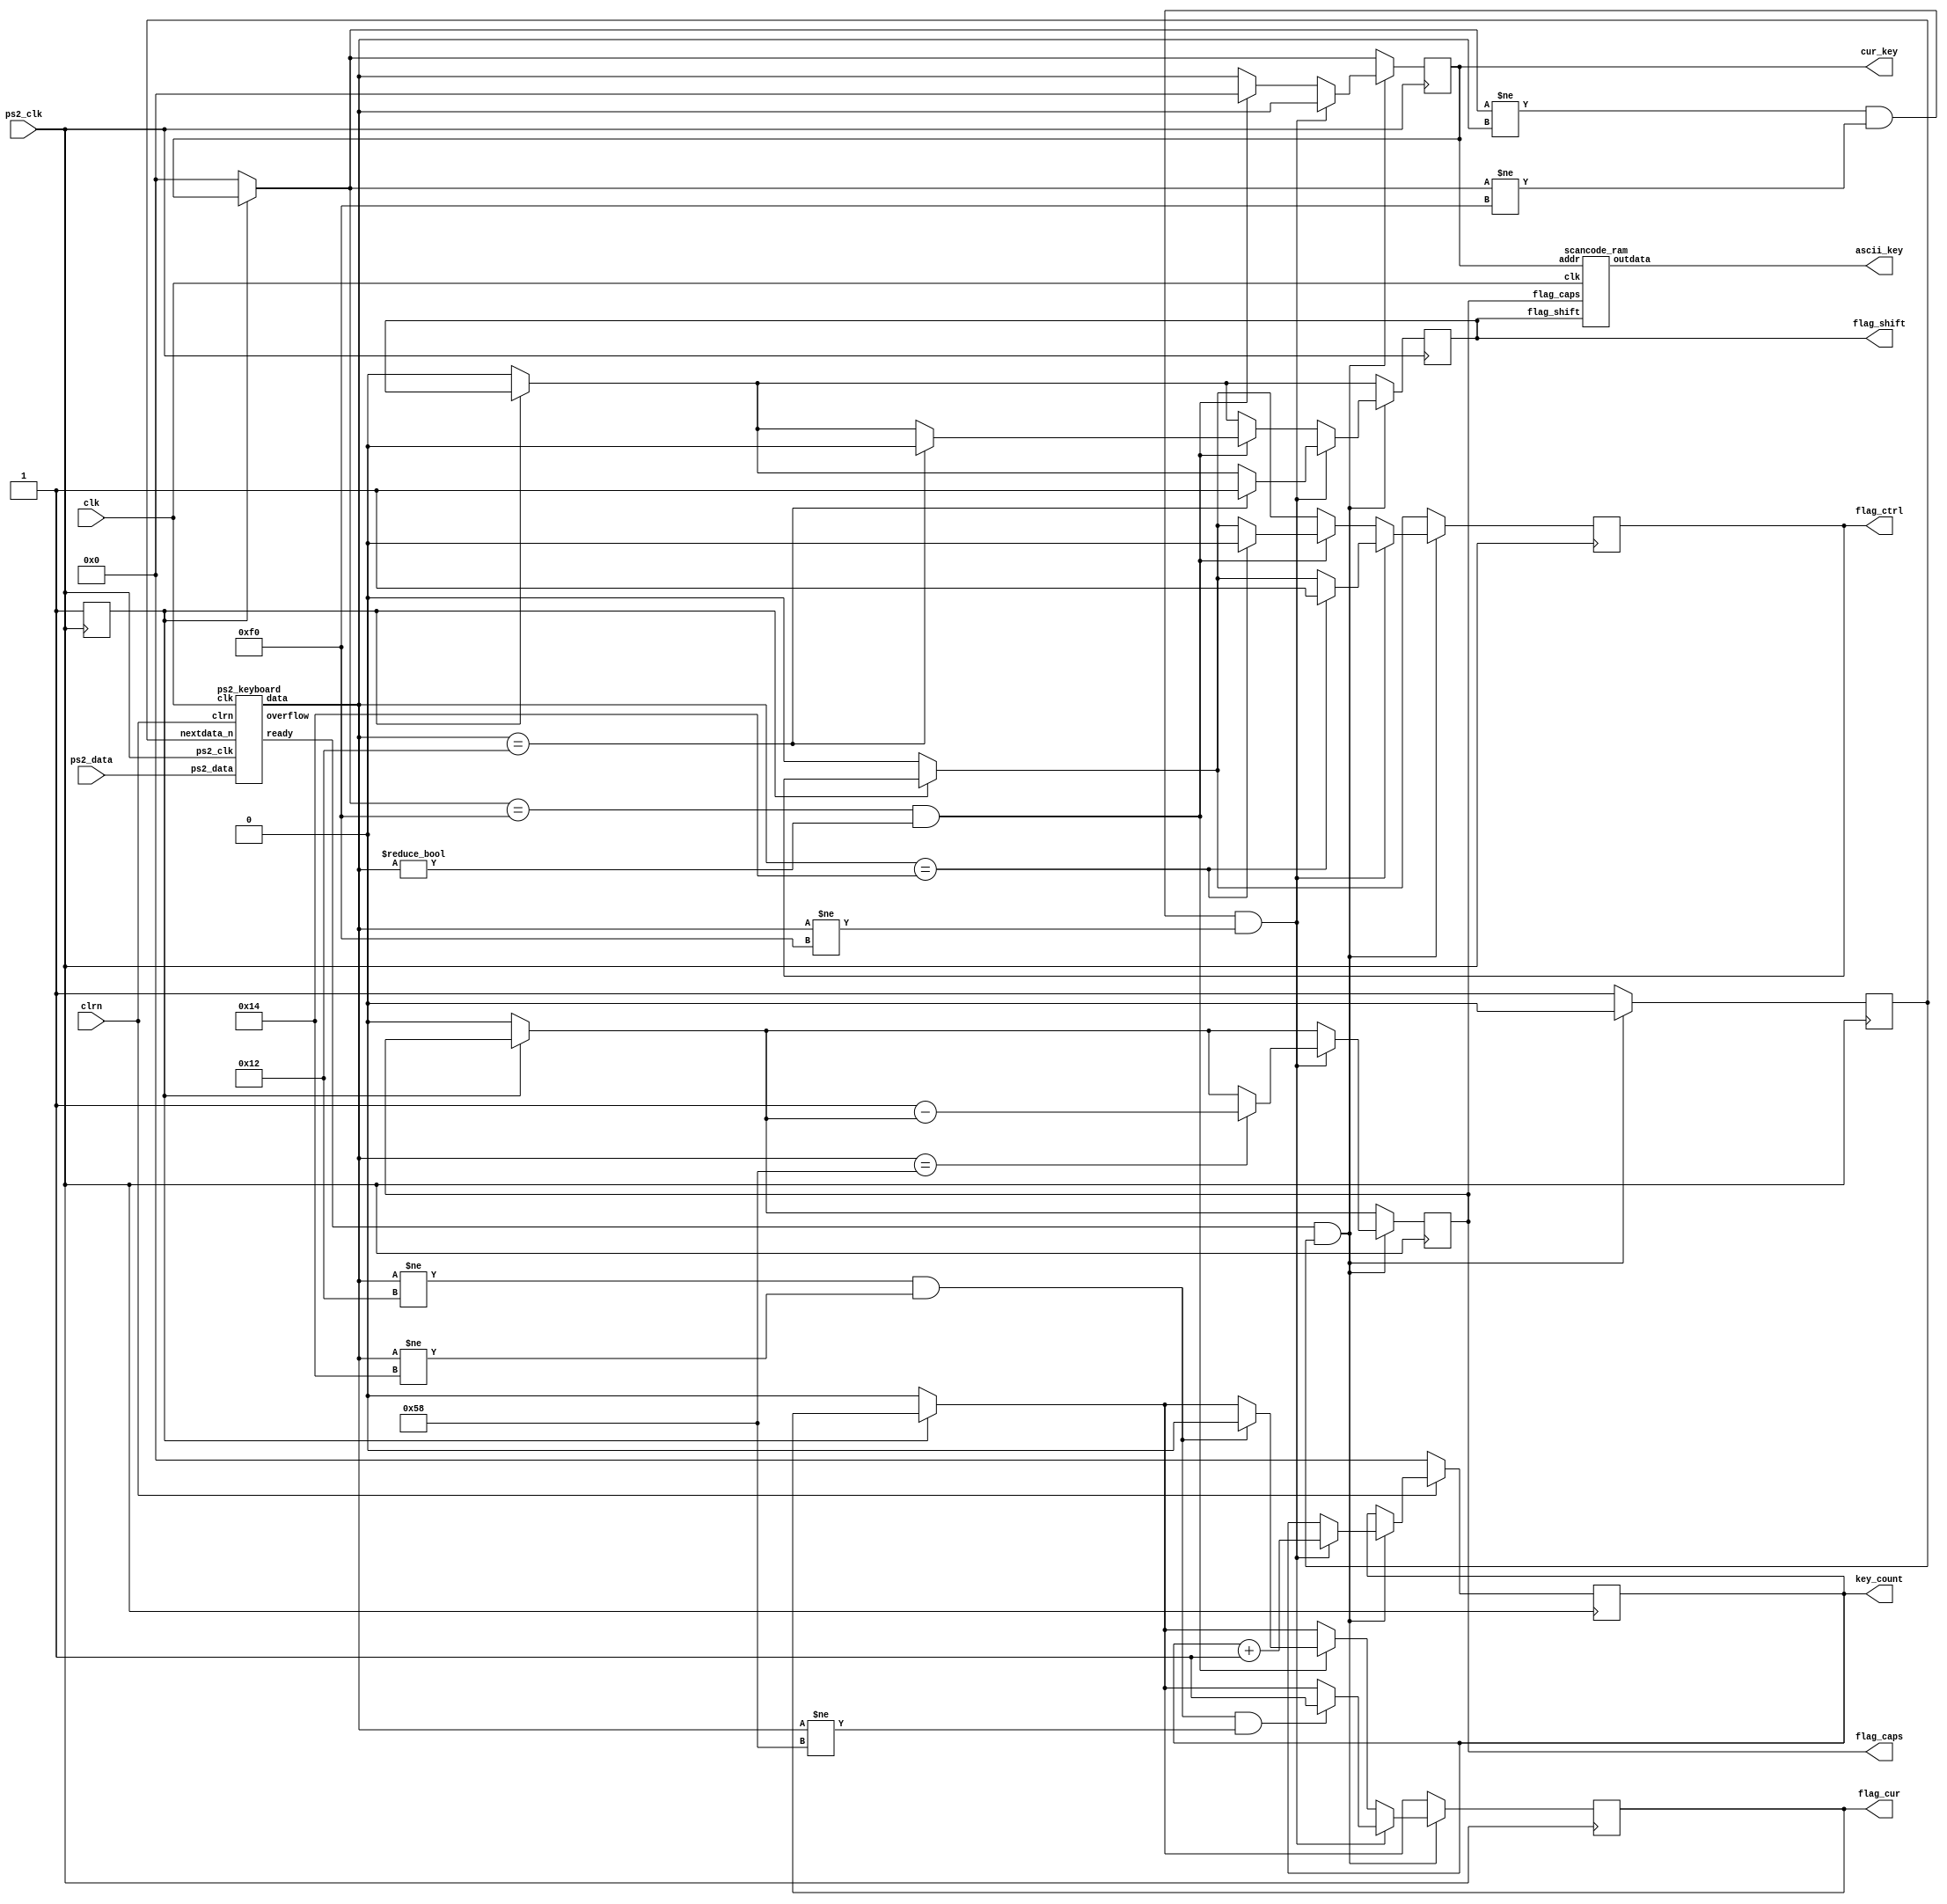
module keyboard(input clk,
	input clrn,
	input ps2_clk,
	input ps2_data,
	output reg [7:0] key_count,
	output reg [7:0] cur_key,
	output [7:0] ascii_key,
   output reg flag_ctrl,
   output reg flag_shift,
   output reg flag_cur,
	output reg flag_caps
);

// add your definitions here
reg [7:0] lastdata;
wire [7:0] keydata;
wire ready;
reg nextdata_n;
wire overflow; 



//----DO NOT CHANGE BEGIN----
//scancode to ascii conversion, will be initialized by the testbench
scancode_ram myram(clk, cur_key, flag_shift,flag_caps,ascii_key);
//PS2 interface, you may need to specify the inputs and outputs
ps2_keyboard mykey(clk, clrn, ps2_clk, ps2_data, keydata, ready, nextdata_n, overflow);
//---DO NOT CHANGE END-----

// add you code here
reg flag=0;

always @(posedge ps2_clk)
begin
if(flag==0)//
	begin
	cur_key=0;
	lastdata=0;
	flag=1;
	flag_cur=0;
	flag_caps=0;
	flag_ctrl=0;
	flag_shift=0;
	end
if(ready&&nextdata_n)//&& nextdata_n
	begin
	lastdata=cur_key;
	cur_key=keydata;
	nextdata_n=0;
	
	

	  if(lastdata!=cur_key && lastdata!=8'hf0 && cur_key!=8'hf0)
	     begin
        key_count=key_count+1;
	     if(cur_key==8'h12)
		  flag_shift=1;
		  if(cur_key==8'h14)
		  flag_ctrl=1;
		  if(cur_key==8'h58)
		  flag_caps=1-flag_caps;
		  if(cur_key!=8'h12 && cur_key!=8'h14 && cur_key!=8'h58)
		  flag_cur=1;
		  end
		  
	 else if(lastdata==8'hf0 && cur_key!=0 ) //
        begin
		  if(cur_key==8'h12)flag_shift=0;
		  if(cur_key==8'h14)flag_ctrl=0;
		  if(cur_key!=8'h12 && cur_key!=8'h14) 
		  flag_cur=0;
        lastdata=cur_key;
        cur_key=0;
        end
	
	end
else
	begin
	nextdata_n=1;
	end
if(clrn==0)
	key_count=0;
end

endmodule


//standard ps2 interface, you can keep this
module ps2_keyboard(clk,clrn,ps2_clk,ps2_data,data,ready,nextdata_n,overflow);
    input clk,clrn,ps2_clk,ps2_data;
	 input nextdata_n;
    output [7:0] data;
    output reg ready;
    output reg overflow;     // fifo overflow  
    // internal signal, for test
    reg [9:0] buffer;        // ps2_data bits
    reg [7:0] fifo[7:0];     // data fifo
	 reg [2:0] w_ptr,r_ptr;   // fifo write and read pointers	
    reg [3:0] count;  // count ps2_data bits
    // detect falling edge of ps2_clk
    reg [2:0] ps2_clk_sync;
    
    always @(posedge clk) begin
        ps2_clk_sync <=  {ps2_clk_sync[1:0],ps2_clk};
    end

    wire sampling = ps2_clk_sync[2] & ~ps2_clk_sync[1];
    
    always @(posedge clk) begin
        if (clrn == 0) begin // reset 
            count <= 0; w_ptr <= 0; r_ptr <= 0; overflow <= 0; ready<= 0;
        end 
		else if (sampling) begin
            if (count == 4'd10) begin
                if ((buffer[0] == 0) &&  // start bit
                    (ps2_data)       &&  // stop bit
                    (^buffer[9:1])) begin      // odd  parity
                    fifo[w_ptr] <= buffer[8:1];  // kbd scan code
                    w_ptr <= w_ptr+3'b1;
                    ready <= 1'b1;
                    overflow <= overflow | (r_ptr == (w_ptr + 3'b1));
                end
                count <= 0;     // for next
            end else begin
                buffer[count] <= ps2_data;  // store ps2_data 
                count <= count + 3'b1;
            end      
        end
        if ( ready ) begin // read to output next data
				if(nextdata_n == 1'b0) //read next data
				begin
				   r_ptr <= r_ptr + 3'b1; 
					if(w_ptr==(r_ptr+1'b1)) //empty
					     ready <= 1'b0;
				end           
        end
    end

    assign data = fifo[r_ptr];
endmodule 

//simple scancode converter
module scancode_ram(clk, addr,flag_shift,flag_caps,outdata);
input clk;
input [7:0] addr;
input flag_shift;
input flag_caps;
output reg [7:0] outdata;
//Do not change the name of this ram, testbench will initialize this
//reg [7:0] ascii_tab[255:0];




always @(posedge clk)
begin
    if(flag_shift==1||flag_caps==1)
	  case (addr)		//ASCII				  	

		
8'h00: outdata <= 8'h00;
8'h01: outdata <= 8'h00;
8'h02: outdata <= 8'h00;
8'h03: outdata <= 8'h00;
8'h04: outdata <= 8'h00;
8'h05: outdata <= 8'h00;
8'h06: outdata <= 8'h00;
8'h07: outdata <= 8'h00;
8'h08: outdata <= 8'h00;
8'h09: outdata <= 8'h00;
8'h0A: outdata <= 8'h00;
8'h0B: outdata <= 8'h00;
8'h0C: outdata <= 8'h00;
8'h0D: outdata <= 8'h20;
8'h0E: outdata <= 8'h60;
8'h0F: outdata <= 8'h00;
8'h10: outdata <= 8'h00;
8'h11: outdata <= 8'h00;
8'h12: outdata <= 8'h00;
8'h13: outdata <= 8'h00;
8'h14: outdata <= 8'h00;
8'h15: outdata <= 8'h51;
8'h16: outdata <= 8'h31;
8'h17: outdata <= 8'h00;
8'h18: outdata <= 8'h00;
8'h19: outdata <= 8'h00;
8'h1A: outdata <= 8'h5A;
8'h1B: outdata <= 8'h53;
8'h1C: outdata <= 8'h41;
8'h1D: outdata <= 8'h57;
8'h1E: outdata <= 8'h32;
8'h1F: outdata <= 8'h00;
8'h20: outdata <= 8'h00;
8'h21: outdata <= 8'h43;
8'h22: outdata <= 8'h58;
8'h23: outdata <= 8'h44;
8'h24: outdata <= 8'h45;
8'h25: outdata <= 8'h34;
8'h26: outdata <= 8'h33;
8'h27: outdata <= 8'h00;
8'h28: outdata <= 8'h00;
8'h29: outdata <= 8'h20;
8'h2A: outdata <= 8'h56;
8'h2B: outdata <= 8'h46;
8'h2C: outdata <= 8'h54;
8'h2D: outdata <= 8'h52;
8'h2E: outdata <= 8'h35;
8'h2F: outdata <= 8'h00;
8'h30: outdata <= 8'h00;
8'h31: outdata <= 8'h4E;
8'h32: outdata <= 8'h42;
8'h33: outdata <= 8'h48;
8'h34: outdata <= 8'h47;
8'h35: outdata <= 8'h59;
8'h36: outdata <= 8'h36;
8'h37: outdata <= 8'h00;
8'h38: outdata <= 8'h00;
8'h39: outdata <= 8'h00;
8'h3A: outdata <= 8'h4D;
8'h3B: outdata <= 8'h4A;
8'h3C: outdata <= 8'h55;
8'h3D: outdata <= 8'h37;
8'h3E: outdata <= 8'h38;
8'h3F: outdata <= 8'h00;
8'h40: outdata <= 8'h00;
8'h41: outdata <= 8'h2C;
8'h42: outdata <= 8'h4B;
8'h43: outdata <= 8'h49;
8'h44: outdata <= 8'h4F;
8'h45: outdata <= 8'h30;
8'h46: outdata <= 8'h39;
8'h47: outdata <= 8'h00;
8'h48: outdata <= 8'h00;
8'h49: outdata <= 8'h2E;
8'h4A: outdata <= 8'h2F;
8'h4B: outdata <= 8'h4C;
8'h4C: outdata <= 8'h3B;
8'h4D: outdata <= 8'h50;
8'h4E: outdata <= 8'h2D;
8'h4F: outdata <= 8'h00;
8'h50: outdata <= 8'h00;
8'h51: outdata <= 8'h00;
8'h52: outdata <= 8'h27;
8'h53: outdata <= 8'h00;
8'h54: outdata <= 8'h5B;
8'h55: outdata <= 8'h3D;
8'h56: outdata <= 8'h00;
8'h57: outdata <= 8'h00;
8'h58: outdata <= 8'h00;
8'h59: outdata <= 8'h00;
8'h5A: outdata <= 8'h0D;
8'h5B: outdata <= 8'h5D;
8'h5C: outdata <= 8'h00;
8'h5D: outdata <= 8'h5C;
8'h5E: outdata <= 8'h00;
8'h5F: outdata <= 8'h00;
8'h60: outdata <= 8'h00;
8'h61: outdata <= 8'h00;
8'h62: outdata <= 8'h00;
8'h63: outdata <= 8'h00;
8'h64: outdata <= 8'h00;
8'h65: outdata <= 8'h00;
8'h66: outdata <= 8'h08;
8'h67: outdata <= 8'h00;
8'h68: outdata <= 8'h00;
8'h69: outdata <= 8'h31;
8'h6A: outdata <= 8'h00;
8'h6B: outdata <= 8'h34;
8'h6C: outdata <= 8'h37;
8'h6D: outdata <= 8'h00;
8'h6E: outdata <= 8'h00;
8'h6F: outdata <= 8'h00;
8'h70: outdata <= 8'h30;
8'h71: outdata <= 8'h2E;
8'h72: outdata <= 8'h32;
8'h73: outdata <= 8'h35;
8'h74: outdata <= 8'h36;
8'h75: outdata <= 8'h38;
8'h76: outdata <= 8'h00;
8'h77: outdata <= 8'h00;
8'h78: outdata <= 8'h00;
8'h79: outdata <= 8'h2B;
8'h7A: outdata <= 8'h33;
8'h7B: outdata <= 8'h2C;
8'h7C: outdata <= 8'h2A;
8'h7D: outdata <= 8'h39;
8'h7E: outdata <= 8'h00;
8'h7F: outdata <= 8'h00;
8'h80: outdata <= 8'h00;
8'h81: outdata <= 8'h00;
8'h82: outdata <= 8'h00;
8'h83: outdata <= 8'h00;
8'h84: outdata <= 8'h00;
8'h85: outdata <= 8'h00;
8'h86: outdata <= 8'h00;
8'h87: outdata <= 8'h00;
8'h88: outdata <= 8'h00;
8'h89: outdata <= 8'h00;
8'h8A: outdata <= 8'h00;
8'h8B: outdata <= 8'h00;
8'h8C: outdata <= 8'h00;
8'h8D: outdata <= 8'h00;
8'h8E: outdata <= 8'h00;
8'h8F: outdata <= 8'h00;
8'h90: outdata <= 8'h00;
8'h91: outdata <= 8'h00;
8'h92: outdata <= 8'h00;
8'h93: outdata <= 8'h00;
8'h94: outdata <= 8'h00;
8'h95: outdata <= 8'h00;
8'h96: outdata <= 8'h00;
8'h97: outdata <= 8'h00;
8'h98: outdata <= 8'h00;
8'h99: outdata <= 8'h00;
8'h9A: outdata <= 8'h00;
8'h9B: outdata <= 8'h00;
8'h9C: outdata <= 8'h00;
8'h9D: outdata <= 8'h00;
8'h9E: outdata <= 8'h00;
8'h9F: outdata <= 8'h00;
8'hA0: outdata <= 8'h00;
8'hA1: outdata <= 8'h00;
8'hA2: outdata <= 8'h00;
8'hA3: outdata <= 8'h00;
8'hA4: outdata <= 8'h00;
8'hA5: outdata <= 8'h00;
8'hA6: outdata <= 8'h00;
8'hA7: outdata <= 8'h00;
8'hA8: outdata <= 8'h00;
8'hA9: outdata <= 8'h00;
8'hAA: outdata <= 8'h00;
8'hAB: outdata <= 8'h00;
8'hAC: outdata <= 8'h00;
8'hAD: outdata <= 8'h00;
8'hAE: outdata <= 8'h00;
8'hAF: outdata <= 8'h00;
8'hB0: outdata <= 8'h00;
8'hB1: outdata <= 8'h00;
8'hB2: outdata <= 8'h00;
8'hB3: outdata <= 8'h00;
8'hB4: outdata <= 8'h00;
8'hB5: outdata <= 8'h00;
8'hB6: outdata <= 8'h00;
8'hB7: outdata <= 8'h00;
8'hB8: outdata <= 8'h00;
8'hB9: outdata <= 8'h00;
8'hBA: outdata <= 8'h00;
8'hBB: outdata <= 8'h00;
8'hBC: outdata <= 8'h00;
8'hBD: outdata <= 8'h00;
8'hBE: outdata <= 8'h00;
8'hBF: outdata <= 8'h00;
8'hC0: outdata <= 8'h00;
8'hC1: outdata <= 8'h00;
8'hC2: outdata <= 8'h00;
8'hC3: outdata <= 8'h00;
8'hC4: outdata <= 8'h00;
8'hC5: outdata <= 8'h00;
8'hC6: outdata <= 8'h00;
8'hC7: outdata <= 8'h00;
8'hC8: outdata <= 8'h00;
8'hC9: outdata <= 8'h00;
8'hCA: outdata <= 8'h00;
8'hCB: outdata <= 8'h00;
8'hCC: outdata <= 8'h00;
8'hCD: outdata <= 8'h00;
8'hCE: outdata <= 8'h00;
8'hCF: outdata <= 8'h00;
8'hD0: outdata <= 8'h00;
8'hD1: outdata <= 8'h00;
8'hD2: outdata <= 8'h00;
8'hD3: outdata <= 8'h00;
8'hD4: outdata <= 8'h00;
8'hD5: outdata <= 8'h00;
8'hD6: outdata <= 8'h00;
8'hD7: outdata <= 8'h00;
8'hD8: outdata <= 8'h00;
8'hD9: outdata <= 8'h00;
8'hDA: outdata <= 8'h00;
8'hDB: outdata <= 8'h00;
8'hDC: outdata <= 8'h00;
8'hDD: outdata <= 8'h00;
8'hDE: outdata <= 8'h00;
8'hDF: outdata <= 8'h00;
8'hE0: outdata <= 8'h00;
8'hE1: outdata <= 8'h00;
8'hE2: outdata <= 8'h00;
8'hE3: outdata <= 8'h00;
8'hE4: outdata <= 8'h00;
8'hE5: outdata <= 8'h00;
8'hE6: outdata <= 8'h00;
8'hE7: outdata <= 8'h00;
8'hE8: outdata <= 8'h00;
8'hE9: outdata <= 8'h00;
8'hEA: outdata <= 8'h00;
8'hEB: outdata <= 8'h00;
8'hEC: outdata <= 8'h00;
8'hED: outdata <= 8'h00;
8'hEE: outdata <= 8'h00;
8'hEF: outdata <= 8'h00;
8'hF0: outdata <= 8'h00;
8'hF1: outdata <= 8'h00;
8'hF2: outdata <= 8'h00;
8'hF3: outdata <= 8'h00;
8'hF4: outdata <= 8'h00;
8'hF5: outdata <= 8'h00;
8'hF6: outdata <= 8'h00;
8'hF7: outdata <= 8'h00;
8'hF8: outdata <= 8'h00;
8'hF9: outdata <= 8'h00;
8'hFA: outdata <= 8'h00;
8'hFB: outdata <= 8'h00;
8'hFC: outdata <= 8'h00;
8'hFD: outdata <= 8'h00;
8'hFE: outdata <= 8'h00;
8'hFF: outdata <= 8'h00;		

		
		default: ;
	  endcase
	 else
	   case (addr)		//ASCII
8'h00: outdata <= 8'h00;
8'h01: outdata <= 8'h00;
8'h02: outdata <= 8'h00;
8'h03: outdata <= 8'h00;
8'h04: outdata <= 8'h00;
8'h05: outdata <= 8'h00;
8'h06: outdata <= 8'h00;
8'h07: outdata <= 8'h00;
8'h08: outdata <= 8'h00;
8'h09: outdata <= 8'h00;
8'h0A: outdata <= 8'h00;
8'h0B: outdata <= 8'h00;
8'h0C: outdata <= 8'h00;
8'h0D: outdata <= 8'h20;
8'h0E: outdata <= 8'h60;
8'h0F: outdata <= 8'h00;
8'h10: outdata <= 8'h00;
8'h11: outdata <= 8'h00;
8'h12: outdata <= 8'h00;
8'h13: outdata <= 8'h00;
8'h14: outdata <= 8'h00;
8'h15: outdata <= 8'h71;
8'h16: outdata <= 8'h31;
8'h17: outdata <= 8'h00;
8'h18: outdata <= 8'h00;
8'h19: outdata <= 8'h00;
8'h1A: outdata <= 8'h7A;
8'h1B: outdata <= 8'h73;
8'h1C: outdata <= 8'h61;
8'h1D: outdata <= 8'h77;
8'h1E: outdata <= 8'h32;
8'h1F: outdata <= 8'h00;
8'h20: outdata <= 8'h00;
8'h21: outdata <= 8'h63;
8'h22: outdata <= 8'h78;
8'h23: outdata <= 8'h64;
8'h24: outdata <= 8'h65;
8'h25: outdata <= 8'h34;
8'h26: outdata <= 8'h33;
8'h27: outdata <= 8'h00;
8'h28: outdata <= 8'h00;
8'h29: outdata <= 8'h20;
8'h2A: outdata <= 8'h76;
8'h2B: outdata <= 8'h66;
8'h2C: outdata <= 8'h74;
8'h2D: outdata <= 8'h72;
8'h2E: outdata <= 8'h35;
8'h2F: outdata <= 8'h00;
8'h30: outdata <= 8'h00;
8'h31: outdata <= 8'h6E;
8'h32: outdata <= 8'h62;
8'h33: outdata <= 8'h68;
8'h34: outdata <= 8'h67;
8'h35: outdata <= 8'h79;
8'h36: outdata <= 8'h36;
8'h37: outdata <= 8'h00;
8'h38: outdata <= 8'h00;
8'h39: outdata <= 8'h00;
8'h3A: outdata <= 8'h6D;
8'h3B: outdata <= 8'h6A;
8'h3C: outdata <= 8'h75;
8'h3D: outdata <= 8'h37;
8'h3E: outdata <= 8'h38;
8'h3F: outdata <= 8'h00;
8'h40: outdata <= 8'h00;
8'h41: outdata <= 8'h2C;
8'h42: outdata <= 8'h6B;
8'h43: outdata <= 8'h69;
8'h44: outdata <= 8'h6F;
8'h45: outdata <= 8'h30;
8'h46: outdata <= 8'h39;
8'h47: outdata <= 8'h00;
8'h48: outdata <= 8'h00;
8'h49: outdata <= 8'h2E;
8'h4A: outdata <= 8'h2F;
8'h4B: outdata <= 8'h6C;
8'h4C: outdata <= 8'h3B;
8'h4D: outdata <= 8'h70;
8'h4E: outdata <= 8'h2D;
8'h4F: outdata <= 8'h00;
8'h50: outdata <= 8'h00;
8'h51: outdata <= 8'h00;
8'h52: outdata <= 8'h27;
8'h53: outdata <= 8'h00;
8'h54: outdata <= 8'h5B;
8'h55: outdata <= 8'h3D;
8'h56: outdata <= 8'h00;
8'h57: outdata <= 8'h00;
8'h58: outdata <= 8'h00;
8'h59: outdata <= 8'h00;
8'h5A: outdata <= 8'h0D;
8'h5B: outdata <= 8'h5D;
8'h5C: outdata <= 8'h00;
8'h5D: outdata <= 8'h5C;
8'h5E: outdata <= 8'h00;
8'h5F: outdata <= 8'h00;
8'h60: outdata <= 8'h00;
8'h61: outdata <= 8'h00;
8'h62: outdata <= 8'h00;
8'h63: outdata <= 8'h00;
8'h64: outdata <= 8'h00;
8'h65: outdata <= 8'h00;
8'h66: outdata <= 8'h08;
8'h67: outdata <= 8'h00;
8'h68: outdata <= 8'h00;
8'h69: outdata <= 8'h31;
8'h6A: outdata <= 8'h00;
8'h6B: outdata <= 8'h34;
8'h6C: outdata <= 8'h37;
8'h6D: outdata <= 8'h00;
8'h6E: outdata <= 8'h00;
8'h6F: outdata <= 8'h00;
8'h70: outdata <= 8'h30;
8'h71: outdata <= 8'h2E;
8'h72: outdata <= 8'h32;
8'h73: outdata <= 8'h35;
8'h74: outdata <= 8'h36;
8'h75: outdata <= 8'h38;
8'h76: outdata <= 8'h00;
8'h77: outdata <= 8'h00;
8'h78: outdata <= 8'h00;
8'h79: outdata <= 8'h2B;
8'h7A: outdata <= 8'h33;
8'h7B: outdata <= 8'h2C;
8'h7C: outdata <= 8'h2A;
8'h7D: outdata <= 8'h39;
8'h7E: outdata <= 8'h00;
8'h7F: outdata <= 8'h00;
8'h80: outdata <= 8'h00;
8'h81: outdata <= 8'h00;
8'h82: outdata <= 8'h00;
8'h83: outdata <= 8'h00;
8'h84: outdata <= 8'h00;
8'h85: outdata <= 8'h00;
8'h86: outdata <= 8'h00;
8'h87: outdata <= 8'h00;
8'h88: outdata <= 8'h00;
8'h89: outdata <= 8'h00;
8'h8A: outdata <= 8'h00;
8'h8B: outdata <= 8'h00;
8'h8C: outdata <= 8'h00;
8'h8D: outdata <= 8'h00;
8'h8E: outdata <= 8'h00;
8'h8F: outdata <= 8'h00;
8'h90: outdata <= 8'h00;
8'h91: outdata <= 8'h00;
8'h92: outdata <= 8'h00;
8'h93: outdata <= 8'h00;
8'h94: outdata <= 8'h00;
8'h95: outdata <= 8'h00;
8'h96: outdata <= 8'h00;
8'h97: outdata <= 8'h00;
8'h98: outdata <= 8'h00;
8'h99: outdata <= 8'h00;
8'h9A: outdata <= 8'h00;
8'h9B: outdata <= 8'h00;
8'h9C: outdata <= 8'h00;
8'h9D: outdata <= 8'h00;
8'h9E: outdata <= 8'h00;
8'h9F: outdata <= 8'h00;
8'hA0: outdata <= 8'h00;
8'hA1: outdata <= 8'h00;
8'hA2: outdata <= 8'h00;
8'hA3: outdata <= 8'h00;
8'hA4: outdata <= 8'h00;
8'hA5: outdata <= 8'h00;
8'hA6: outdata <= 8'h00;
8'hA7: outdata <= 8'h00;
8'hA8: outdata <= 8'h00;
8'hA9: outdata <= 8'h00;
8'hAA: outdata <= 8'h00;
8'hAB: outdata <= 8'h00;
8'hAC: outdata <= 8'h00;
8'hAD: outdata <= 8'h00;
8'hAE: outdata <= 8'h00;
8'hAF: outdata <= 8'h00;
8'hB0: outdata <= 8'h00;
8'hB1: outdata <= 8'h00;
8'hB2: outdata <= 8'h00;
8'hB3: outdata <= 8'h00;
8'hB4: outdata <= 8'h00;
8'hB5: outdata <= 8'h00;
8'hB6: outdata <= 8'h00;
8'hB7: outdata <= 8'h00;
8'hB8: outdata <= 8'h00;
8'hB9: outdata <= 8'h00;
8'hBA: outdata <= 8'h00;
8'hBB: outdata <= 8'h00;
8'hBC: outdata <= 8'h00;
8'hBD: outdata <= 8'h00;
8'hBE: outdata <= 8'h00;
8'hBF: outdata <= 8'h00;
8'hC0: outdata <= 8'h00;
8'hC1: outdata <= 8'h00;
8'hC2: outdata <= 8'h00;
8'hC3: outdata <= 8'h00;
8'hC4: outdata <= 8'h00;
8'hC5: outdata <= 8'h00;
8'hC6: outdata <= 8'h00;
8'hC7: outdata <= 8'h00;
8'hC8: outdata <= 8'h00;
8'hC9: outdata <= 8'h00;
8'hCA: outdata <= 8'h00;
8'hCB: outdata <= 8'h00;
8'hCC: outdata <= 8'h00;
8'hCD: outdata <= 8'h00;
8'hCE: outdata <= 8'h00;
8'hCF: outdata <= 8'h00;
8'hD0: outdata <= 8'h00;
8'hD1: outdata <= 8'h00;
8'hD2: outdata <= 8'h00;
8'hD3: outdata <= 8'h00;
8'hD4: outdata <= 8'h00;
8'hD5: outdata <= 8'h00;
8'hD6: outdata <= 8'h00;
8'hD7: outdata <= 8'h00;
8'hD8: outdata <= 8'h00;
8'hD9: outdata <= 8'h00;
8'hDA: outdata <= 8'h00;
8'hDB: outdata <= 8'h00;
8'hDC: outdata <= 8'h00;
8'hDD: outdata <= 8'h00;
8'hDE: outdata <= 8'h00;
8'hDF: outdata <= 8'h00;
8'hE0: outdata <= 8'h00;
8'hE1: outdata <= 8'h00;
8'hE2: outdata <= 8'h00;
8'hE3: outdata <= 8'h00;
8'hE4: outdata <= 8'h00;
8'hE5: outdata <= 8'h00;
8'hE6: outdata <= 8'h00;
8'hE7: outdata <= 8'h00;
8'hE8: outdata <= 8'h00;
8'hE9: outdata <= 8'h00;
8'hEA: outdata <= 8'h00;
8'hEB: outdata <= 8'h00;
8'hEC: outdata <= 8'h00;
8'hED: outdata <= 8'h00;
8'hEE: outdata <= 8'h00;
8'hEF: outdata <= 8'h00;
8'hF0: outdata <= 8'h00;
8'hF1: outdata <= 8'h00;
8'hF2: outdata <= 8'h00;
8'hF3: outdata <= 8'h00;
8'hF4: outdata <= 8'h00;
8'hF5: outdata <= 8'h00;
8'hF6: outdata <= 8'h00;
8'hF7: outdata <= 8'h00;
8'hF8: outdata <= 8'h00;
8'hF9: outdata <= 8'h00;
8'hFA: outdata <= 8'h00;
8'hFB: outdata <= 8'h00;
8'hFC: outdata <= 8'h00;
8'hFD: outdata <= 8'h00;
8'hFE: outdata <= 8'h00;
8'hFF: outdata <= 8'h00;
		default: ;
	  endcase
	  
	  
	  



     // outdata <= ascii_tab[addr];
end

endmodule